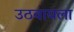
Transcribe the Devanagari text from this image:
उठवायला